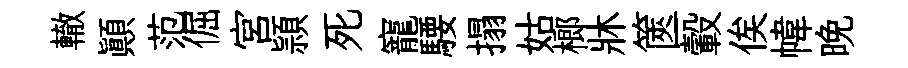
轍顚范倔宮頴死寵騕搨姑榔牀篋轂俟幃晚